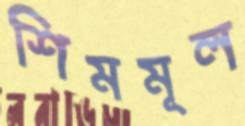
শিমমূল